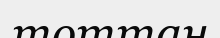
тоттан